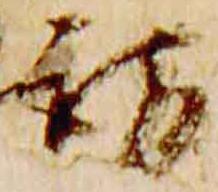
訪